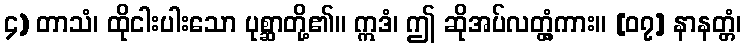
၄) တာသံ၊ ထိုငါးပါးသော ပုစ္ဆာတို့၏။ ဣဒံ၊ ဤ ဆိုအပ်လတ္တံ့ကား။ [၀၇] နာနတ္တံ၊